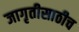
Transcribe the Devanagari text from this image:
जागृतीसाठीच